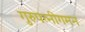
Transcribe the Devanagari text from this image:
गुरुपत्नीगमन